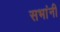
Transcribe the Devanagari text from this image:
सभांनी